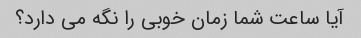
آیا ساعت شما زمان خوبی را نگه می دارد؟